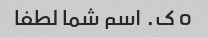
o ک. اسم شما لطفا